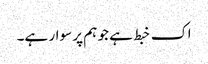
اک خبط ہے جو ہم پر سوار ہے۔